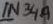
Text: 1N34A